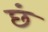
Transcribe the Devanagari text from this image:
छं